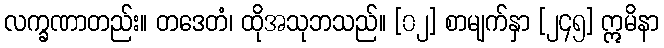
လက္ခဏာတည်း။ တဒေတံ၊ ထိုအသုဘသည်။ [၀၂] စာမျက်နှာ [၂၄၅] ဣမိနာ